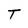
Character: T